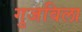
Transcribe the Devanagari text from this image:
गुजविला